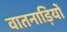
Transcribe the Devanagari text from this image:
वातनाड़ियों